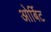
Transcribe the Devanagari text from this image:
ओर्बिट